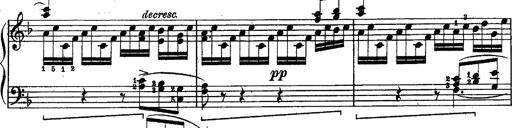
Title: Schubert's Impromptus [revised and edited by Franz Liszt]
Composer: Franz Liszt